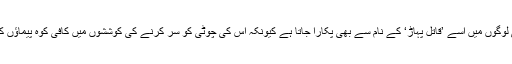
کوہ پيماؤں اور مقامی لوگوں ميں اسے ’قاتل پہاڑ‘ کے نام سے بھی پکارا جاتا ہے کيونکہ اس کی چوٹی کو سر کرنے کی کوششوں ميں کافی کوہ پيماؤں کی جانيں جا چکی ہیں۔